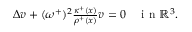
\begin{array} { r l } { \Delta v + ( \omega ^ { + } ) ^ { 2 } \frac { \kappa ^ { + } ( x ) } { \rho ^ { + } ( x ) } v = 0 } & { { } \mathrm { ~ i ~ n ~ } \mathbb { R } ^ { 3 } . } \end{array}